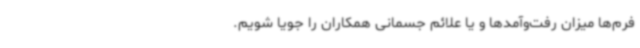
فرم‌ها میزان رفت‌وآمدها و یا علائم جسمانی‌ همکاران را جویا ‌شویم.